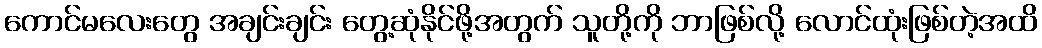
ကောင်မလေးတွေ အချင်းချင်း တွေ့ဆုံနိုင်ဖို့အတွက် သူတို့ကို ဘာဖြစ်လို့ လောင်ထုံးဖြစ်တဲ့အထိ